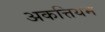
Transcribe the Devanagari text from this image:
अकत्तियम